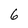
Character: 6